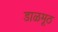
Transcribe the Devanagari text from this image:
डाळमूठ